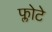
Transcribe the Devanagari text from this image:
फ्लोटे